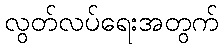
လွတ်လပ်ရေးအတွက်